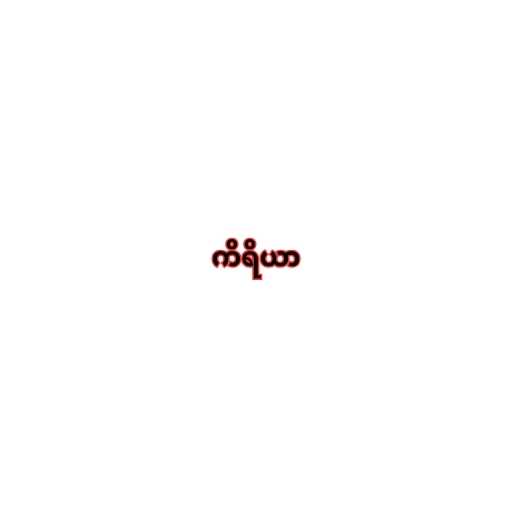
ကိရိယာ